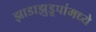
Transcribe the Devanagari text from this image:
झाडाझुडूपांमध्ये